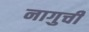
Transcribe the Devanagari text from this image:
नागुची